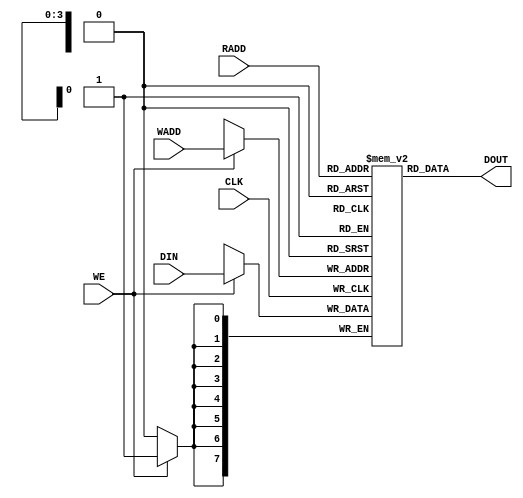
// memory with sync write and async read. Nothing is registered on way in.
// write is on pos edge of clock
module mem16x8 (DIN,WADD,WE,RADD,CLK, DOUT);
input [7:0] DIN;
input [3:0] WADD, RADD ;
input WE, CLK;
output [7:0] DOUT;
reg [7:0] DOUT;
reg [7:0] mem [0:15];
// always @ (RADD or posedge CLK)
always @ (RADD or mem[RADD])
       	DOUT<=mem[RADD];
always @ (posedge CLK)
	if (WE) mem[WADD]<=DIN;

endmodule